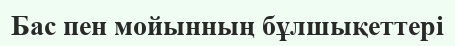
Бас пен мойынның бұлшықеттері